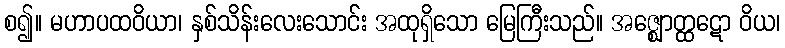
စ၍။ မဟာပထဝိယာ၊ နှစ်သိန်းလေးသောင်း အထုရှိသော မြေကြီးသည်။ အဇ္ဈောတ္ထဋော ဝိယ၊